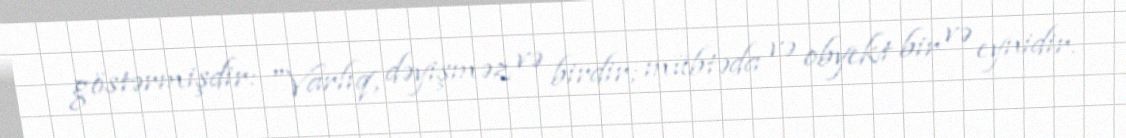
göstərmişdir: "Varlıq, dəyişməz və birdir; mübtəda və obyekt bir və eynidir.